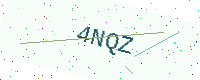
Text: 4NQZ